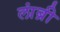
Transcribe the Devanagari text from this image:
लांब्री